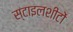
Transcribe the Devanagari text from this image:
स्टाइलशीटों